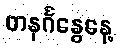
တနင်္ဂနွေနေ့